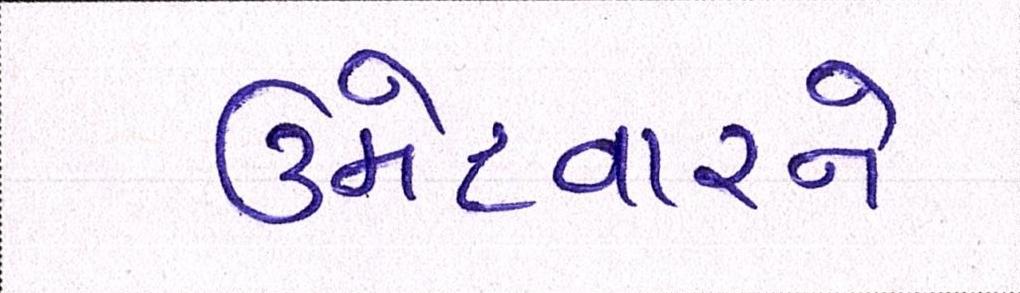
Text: ઉમેદવારને